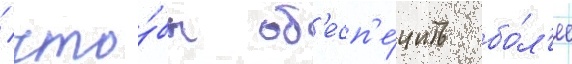
/ что́бы об'есп'е́чить бо́л'ее